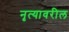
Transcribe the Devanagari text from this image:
नृत्यावरील